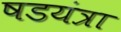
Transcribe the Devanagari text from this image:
षडयंत्रा